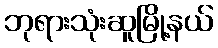
ဘုရားသုံးဆူမြို့နယ်